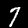
Label: 7